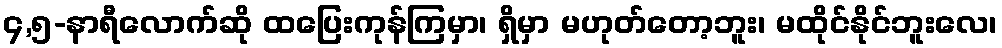
၄,၅-နာရီလောက်ဆို ထပြေးကုန်ကြမှာ၊ ရှိမှာ မဟုတ်တော့ဘူး၊ မထိုင်နိုင်ဘူးလေ၊